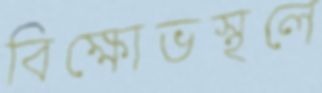
বিক্ষোভস্থলে